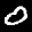
Label: 0